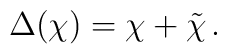
\Delta(\chi )=\chi +\tilde{\chi}\,.